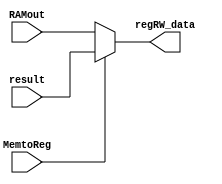
module mem_Mux(MemtoReg, result, RAMout, regRW_data);

input MemtoReg;
input [31:0] result;
input [31:0] RAMout;

output [31:0] regRW_data;
//Swapped result and RAMout to fit the Control Unit
assign regRW_data= MemtoReg?result:RAMout;
/*
always @(MemtoReg) begin
case(MemtoReg)

1'b0: regRW_data <= RAMout; //SW
1'b1: regRW_data <= result; //Arithmetic
 
endcase
end
*/
/*
always @(MemtoReg) begin

if(MemtoReg == 1) begin
regRW_data <= result;
end else begin
regRW_data <= RAMout;
end

end*/

endmodule